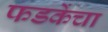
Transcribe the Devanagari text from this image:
फडकेंचा